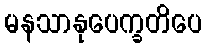
မနသာနုပေက္ခတိပေ